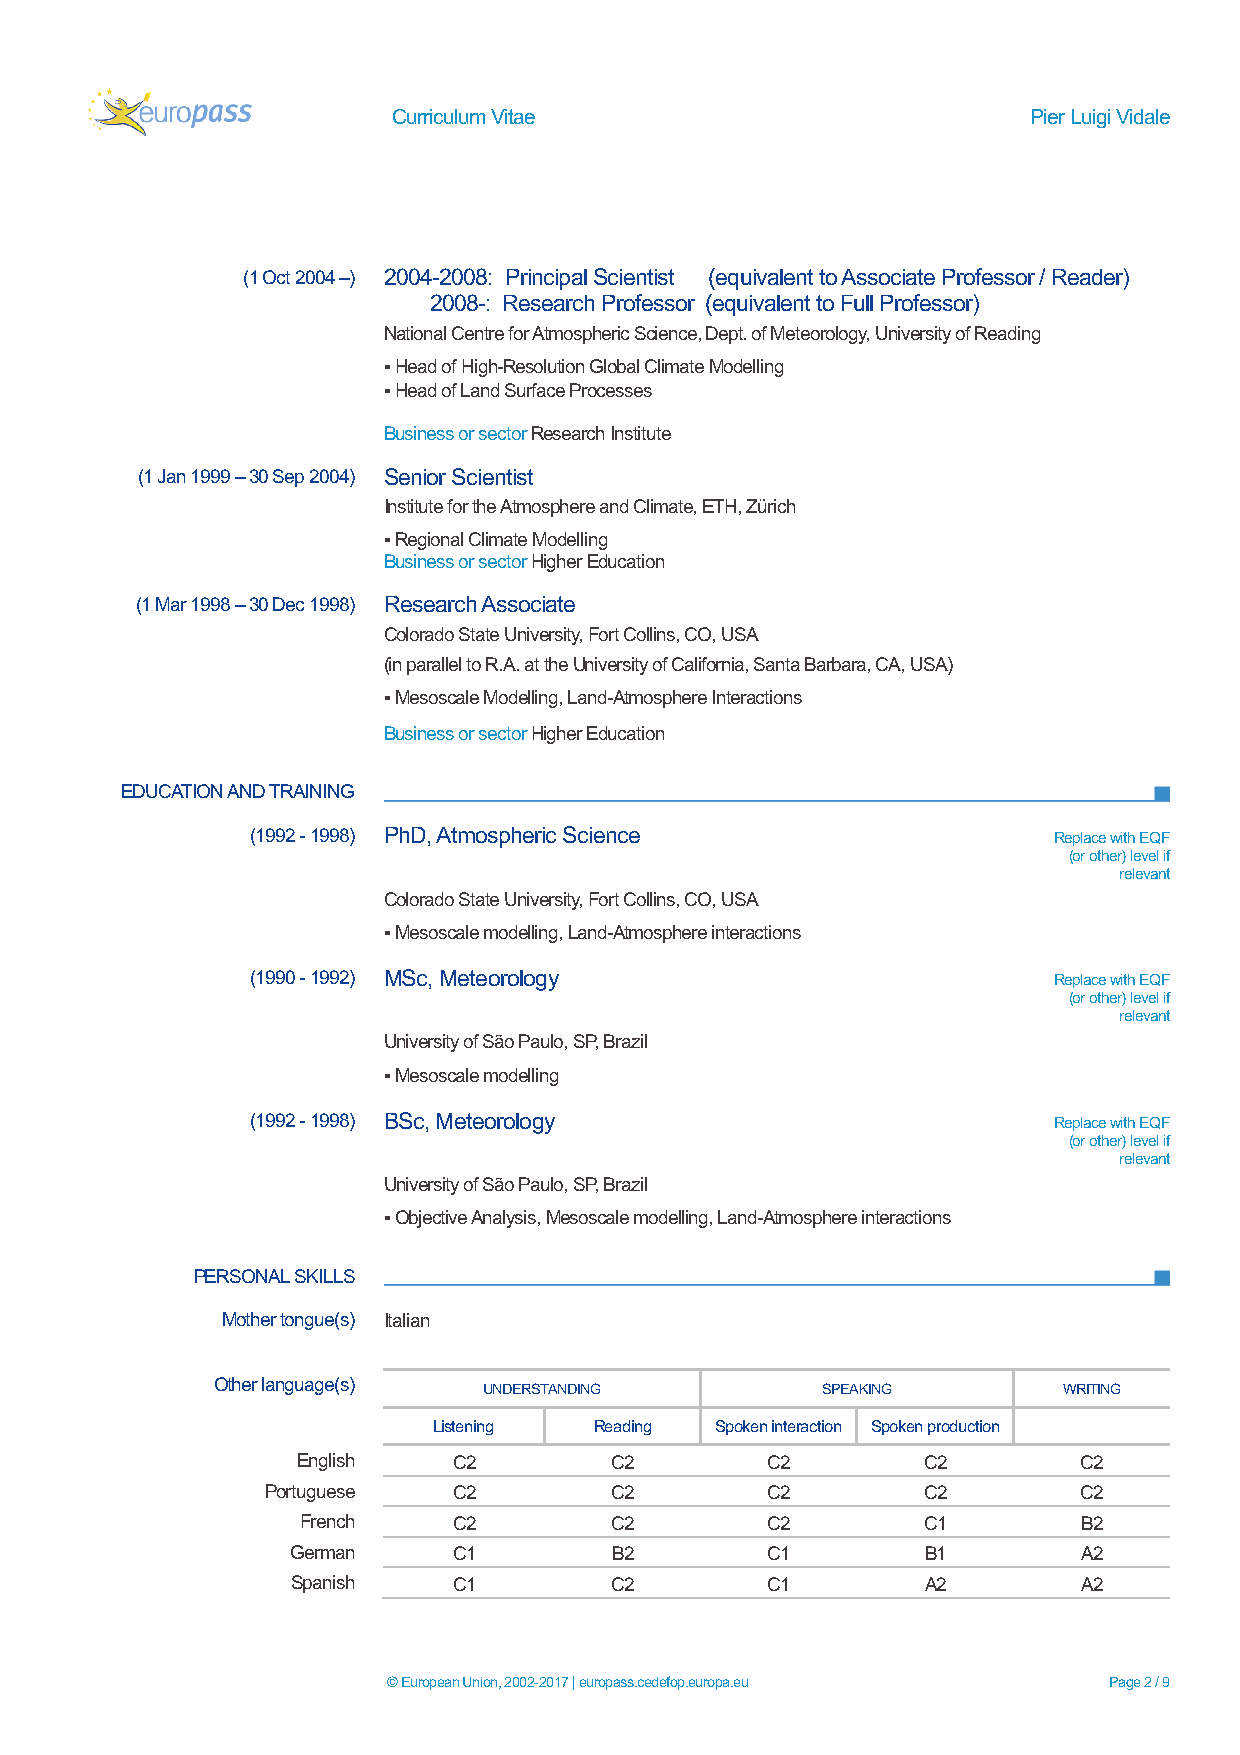
Curriculum Vitae                          Pier Luigi Vidale
 (1 Oct 2004 –) 2004-2008: Principal Scientist (equivalent to Associate Professor / Reader)
 2008-: Research Professor (equivalent to Full Professor)
 National Centre for Atmospheric Science, Dept. of Meteorology, University of Reading
 ▪ Head of High-Resolution Global Climate Modelling
 ▪ Head of Land Surface Processes
 Business or sector Research Institute
 (1 Jan 1999 – 30 Sep 2004) Senior Scientist
 Institute for the Atmosphere and Climate, ETH, Zürich
 ▪ Regional Climate Modelling
 Business or sector Higher Education
 (1 Mar 1998 – 30 Dec 1998) Research Associate
 Colorado State University, Fort Collins, CO, USA
 (in parallel to R.A. at the University of California, Santa Barbara, CA, USA)
 ▪ Mesoscale Modelling, Land-Atmosphere Interactions
 Business or sector Higher Education
 EDUCATION AND TRAINING
 (1992 - 1998) PhD, Atmospheric Science               Replace with EQF
 (or other) level if
 relevant
 Colorado State University, Fort Collins, CO, USA
 ▪ Mesoscale modelling, Land-Atmosphere interactions
 (1990 - 1992) MSc, Meteorology                       Replace with EQF
 (or other) level if
 relevant
 University of São Paulo, SP, Brazil
 ▪ Mesoscale modelling
 (1992 - 1998) BSc, Meteorology                       Replace with EQF
 (or other) level if
 relevant
 University of São Paulo, SP, Brazil
 ▪ Objective Analysis, Mesoscale modelling, Land-Atmosphere interactions
 PERSONAL SKILLS
 Mother tongue(s) Italian
 Other language(s)
 UNDERSTANDING         SPEAKING        WRITING
 Listening Reading Spoken interaction Spoken production
 English   C2        C2         C2        C2        C2
 Portuguese  C2        C2         C2        C2        C2
 French    C2        C2         C2        C1         B2
 German     C1        B2         C1        B1         A2
 Spanish    C1        C2         C1        A2         A2
 © European Union, 2002-2017 | europass.cedefop.europa.eu Page 2 / 9